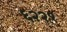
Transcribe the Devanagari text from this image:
६२२१